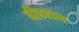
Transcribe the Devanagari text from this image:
वीरराज